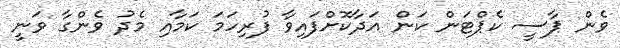
ވެން ޕާސީ ކެޕްޓަން ކަން އަދާކޮށްފައިވާ ފުރިހަމަ ކަމާއި މެދު ވެންގާ ވަނީ